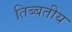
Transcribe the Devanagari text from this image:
तिब्बतीय